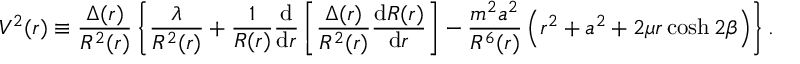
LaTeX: V ^ { 2 } ( r ) \equiv { \frac { \Delta ( r ) } { R ^ { 2 } ( r ) } } \left\{ \frac { \lambda } { R ^ { 2 } ( r ) } + \frac { 1 } { R ( r ) } \frac { \mathrm { d } } { \mathrm { d } r } \left[ \frac { \Delta ( r ) } { R ^ { 2 } ( r ) } \frac { \mathrm { d } R ( r ) } { \mathrm { d } r } \right] - \frac { m ^ { 2 } a ^ { 2 } } { R ^ { 6 } ( r ) } \left( r ^ { 2 } + a ^ { 2 } + 2 \mu r \cosh 2 \beta \right) \right\} .